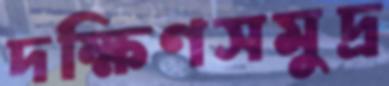
দক্ষিণসমুদ্র